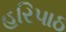
હરિપાઠ